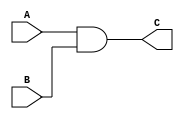
module and_gate(
    input  A,
    input  B,
    output C
    );

    assign C = A & B;
endmodule